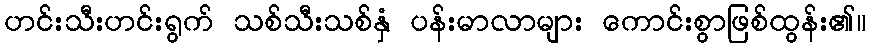
ဟင်းသီးဟင်းရွက် သစ်သီးသစ်နှံ ပန်းမာလာများ ကောင်းစွာဖြစ်ထွန်း၏။